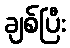
ချစ်ပြီး